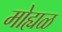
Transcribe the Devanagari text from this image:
मोह्यळ